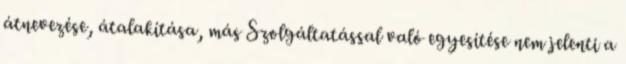
átnevezése, átalakítása, más Szolgáltatással való egyesítése nem jelenti a